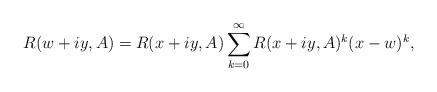
LaTeX: \begin{align*} R(w+iy,A)=R(x+iy,A)\sum_{k=0}^\infty R(x+iy,A)^k(x-w)^k,\end{align*}